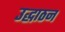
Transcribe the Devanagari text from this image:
उद्धाठन